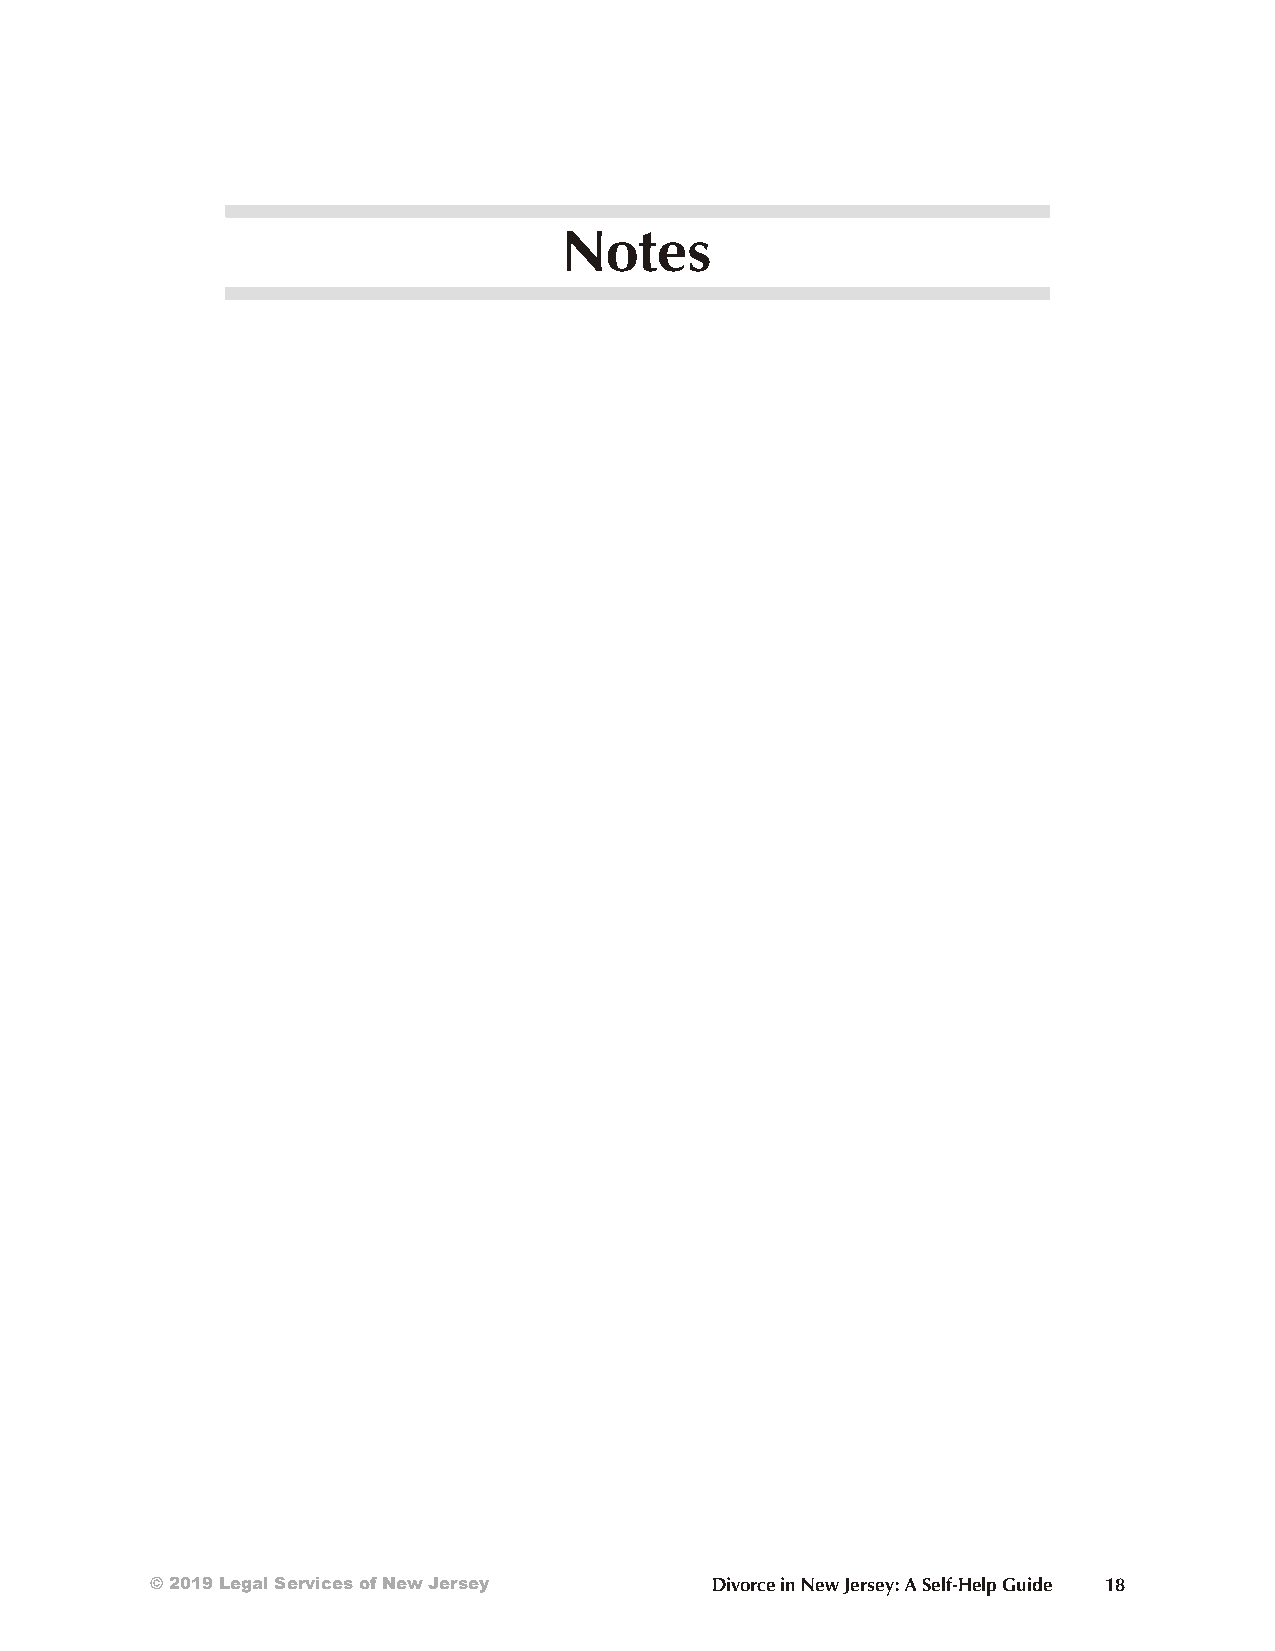
Chapter 1: Preparing and Filing the Divorce Complaint
 Notes
 © 2019 Legal Services of New Jersey  Divorce in New Jersey: A Self-Help Guide 18